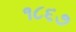
૧૮૬૭